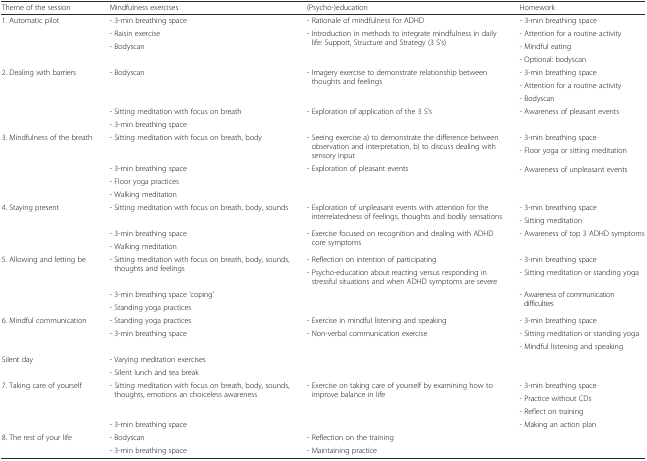
<table><thead><tr><td><b>Theme of the session</b></td><td><b>Mindfulness exercises</b></td><td><b>(Psycho-)education</b></td><td><b>Homework</b></td></tr></thead><tbody><tr><td rowspan="4">1. Automatic pilot</td><td>- 3-min breathing space</td><td>- Rationale of mindfulness for ADHD</td><td>- 3-min breathing space</td></tr><tr><td>- Raisin exercise</td><td rowspan="3">- Introduction in methods to integrate mindfulness in daily life: Support, Structure and Strategy (3 S’s)</td><td>- Attention for a routine activity</td></tr><tr><td rowspan="2">- Bodyscan</td><td>- Mindful eating</td></tr><tr><td>- Optional: bodyscan</td></tr><tr><td rowspan="5">2. Dealing with barriers</td><td rowspan="3">- Bodyscan</td><td rowspan="3">- Imagery exercise to demonstrate relationship between thoughts and feelings</td><td>- 3-min breathing space</td></tr><tr><td>- Attention for a routine activity</td></tr><tr><td>- Bodyscan</td></tr><tr><td>- Sitting meditation with focus on breath</td><td rowspan="2">- Exploration of application of the 3 S’s</td><td rowspan="2">- Awareness of pleasant events</td></tr><tr><td>- 3-min breathing space</td></tr><tr><td rowspan="5">3. Mindfulness of the breath</td><td rowspan="2">- Sitting meditation with focus on breath, body</td><td rowspan="2">- Seeing exercise a) to demonstrate the difference between observation and interpretation, b) to discuss dealing with sensory input</td><td>- 3-min breathing space</td></tr><tr><td>- Floor yoga or sitting meditation</td></tr><tr><td>- 3-min breathing space</td><td rowspan="3">- Exploration of pleasant events</td><td rowspan="3">- Awareness of unpleasant events</td></tr><tr><td>- Floor yoga practices</td></tr><tr><td>- Walking meditation</td></tr><tr><td rowspan="4">4. Staying present</td><td rowspan="2">- Sitting meditation with focus on breath, body, sounds</td><td rowspan="2">- Exploration of unpleasant events with attention for the interrelatedness of feelings, thoughts and bodily sensations</td><td>- 3-min breathing space</td></tr><tr><td>- Sitting meditation</td></tr><tr><td>- 3-min breathing space</td><td rowspan="2">- Exercise focused on recognition and dealing with ADHD core symptoms</td><td rowspan="2">- Awareness of top 3 ADHD symptoms</td></tr><tr><td>- Walking meditation</td></tr><tr><td rowspan="4">5. Allowing and letting be</td><td rowspan="2">- Sitting meditation with focus on breath, body, sounds, thoughts and feelings</td><td>- Reflection on intention of participating</td><td>- 3-min breathing space</td></tr><tr><td>- Psycho-education about reacting versus responding in stressful situations and when ADHD symptoms are severe</td><td>- Sitting meditation or standing yoga</td></tr><tr><td>- 3-min breathing space ‘coping’</td><td rowspan="2"></td><td rowspan="2">- Awareness of communication difficulties</td></tr><tr><td>- Standing yoga practices</td></tr><tr><td rowspan="3">6. Mindful communication</td><td>- Standing yoga practices</td><td>- Exercise in mindful listening and speaking</td><td>- 3-min breathing space</td></tr><tr><td rowspan="2">- 3-min breathing space</td><td rowspan="2">- Non-verbal communication exercise</td><td>- Sitting meditation or standing yoga</td></tr><tr><td>- Mindful listening and speaking</td></tr><tr><td rowspan="2">Silent day</td><td>- Varying meditation exercises</td><td rowspan="2"></td><td rowspan="2"></td></tr><tr><td>- Silent lunch and tea break</td></tr><tr><td rowspan="4">7. Taking care of yourself</td><td rowspan="3">- Sitting meditation with focus on breath, body, sounds, thoughts, emotions an choiceless awareness</td><td rowspan="4">- Exercise on taking care of yourself by examining how to improve balance in life</td><td>- 3-min breathing space</td></tr><tr><td>- Practice without CDs</td></tr><tr><td>- Reflect on training</td></tr><tr><td>- 3-min breathing space</td><td>- Making an action plan</td></tr><tr><td rowspan="2">8. The rest of your life</td><td>- Bodyscan</td><td>- Reflection on the training</td><td rowspan="2"></td></tr><tr><td>- 3-min breathing space</td><td>- Maintaining practice</td></tr></tbody></table>